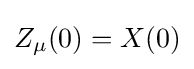
Z_{\mu }(0)=X(0)